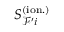
S _ { \mathcal { F } ^ { \prime } i } ^ { ( \mathrm { i o n . } ) }